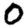
Digit: 0